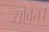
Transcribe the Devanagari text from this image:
सोवत।